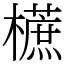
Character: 𣞢